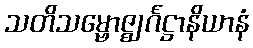
သတိသမ္ဗောဇ္ဈင်္ဂဋ္ဌာနိယာနံ